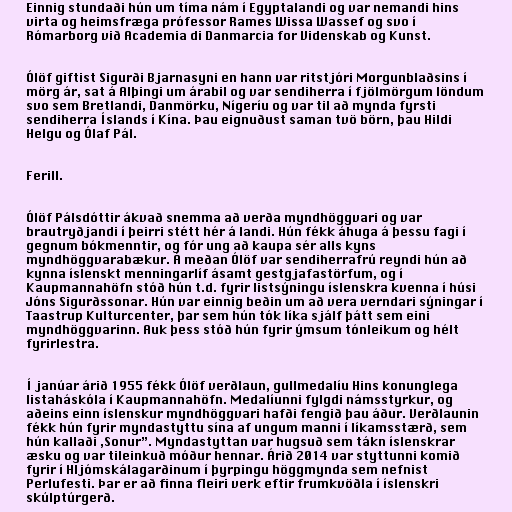
Einnig stundaði hún um tíma nám í Egyptalandi og var nemandi hins
virta og heimsfræga prófessor Rames Wissa Wassef og svo í
Rómarborg við Academia di Danmarcia for Videnskab og Kunst.

Ólöf giftist Sigurði Bjarnasyni en hann var ritstjóri Morgunblaðsins í
mörg ár, sat á Alþingi um árabil og var sendiherra í fjölmörgum löndum
svo sem Bretlandi, Danmörku, Nígeríu og var til að mynda fyrsti
sendiherra Íslands í Kína. Þau eignuðust saman tvö börn, þau Hildi
Helgu og Ólaf Pál.

Ferill.

Ólöf Pálsdóttir ákvað snemma að verða myndhöggvari og var
brautryðjandi í þeirri stétt hér á landi. Hún fékk áhuga á þessu fagi í
gegnum bókmenntir, og fór ung að kaupa sér alls kyns
myndhöggvarabækur. Á meðan Ólöf var sendiherrafrú reyndi hún að
kynna íslenskt menningarlíf ásamt gestgjafastörfum, og í
Kaupmannahöfn stóð hún t.d. fyrir listsýningu íslenskra kvenna í húsi
Jóns Sigurðssonar. Hún var einnig beðin um að vera verndari sýningar í
Taastrup Kulturcenter, þar sem hún tók líka sjálf þátt sem eini
myndhöggvarinn. Auk þess stóð hún fyrir ýmsum tónleikum og hélt
fyrirlestra.

Í janúar árið 1955 fékk Ólöf verðlaun, gullmedalíu Hins konunglega
listaháskóla í Kaupmannahöfn. Medalíunni fylgdi námsstyrkur, og
aðeins einn íslenskur myndhöggvari hafði fengið þau áður. Verðlaunin
fékk hún fyrir myndastyttu sína af ungum manni í líkamsstærð, sem
hún kallaði ,Sonur”. Myndastyttan var hugsuð sem tákn íslenskrar
æsku og var tileinkuð móður hennar. Árið 2014 var styttunni komið
fyrir í Hljómskálagarðinum í þyrpingu höggmynda sem nefnist
Perlufesti. Þar er að finna fleiri verk eftir frumkvöðla í íslenskri
skúlptúrgerð.